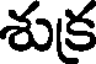
శుక